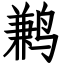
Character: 鹣